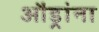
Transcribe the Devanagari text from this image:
औंड्रांना